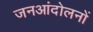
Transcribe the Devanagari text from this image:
जनआंदोलनों